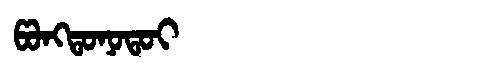
Manchu: ᡦᠣᠩᡨᠣᠨᠣᡨᠣᡳ
Romanization: PONGTONOTOI